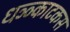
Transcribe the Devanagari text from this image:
धञ्ञ्काटकस